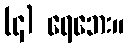
(၄) ရေဘေး။